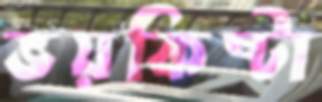
ভয়কিষ্টা